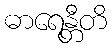
ဓာရေန္တီတိ